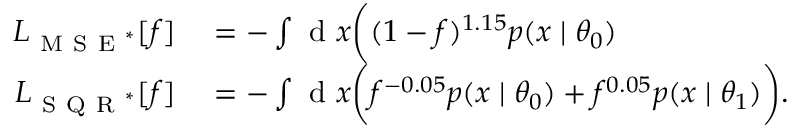
\begin{array} { r l } { L _ { \mathrm { ~ M ~ S ~ E ~ } ^ { * } } [ f ] } & { { } = - \int \mathrm { ~ d ~ } x \bigg ( ( 1 - f ) ^ { 1 . 1 5 } p ( x \mid \theta _ { 0 } ) } \\ { L _ { \mathrm { ~ S ~ Q ~ R ~ } ^ { * } } [ f ] } & { { } = - \int \mathrm { ~ d ~ } x \bigg ( f ^ { - 0 . 0 5 } p ( x \mid \theta _ { 0 } ) + f ^ { 0 . 0 5 } p ( x \mid \theta _ { 1 } ) \bigg ) . } \end{array}